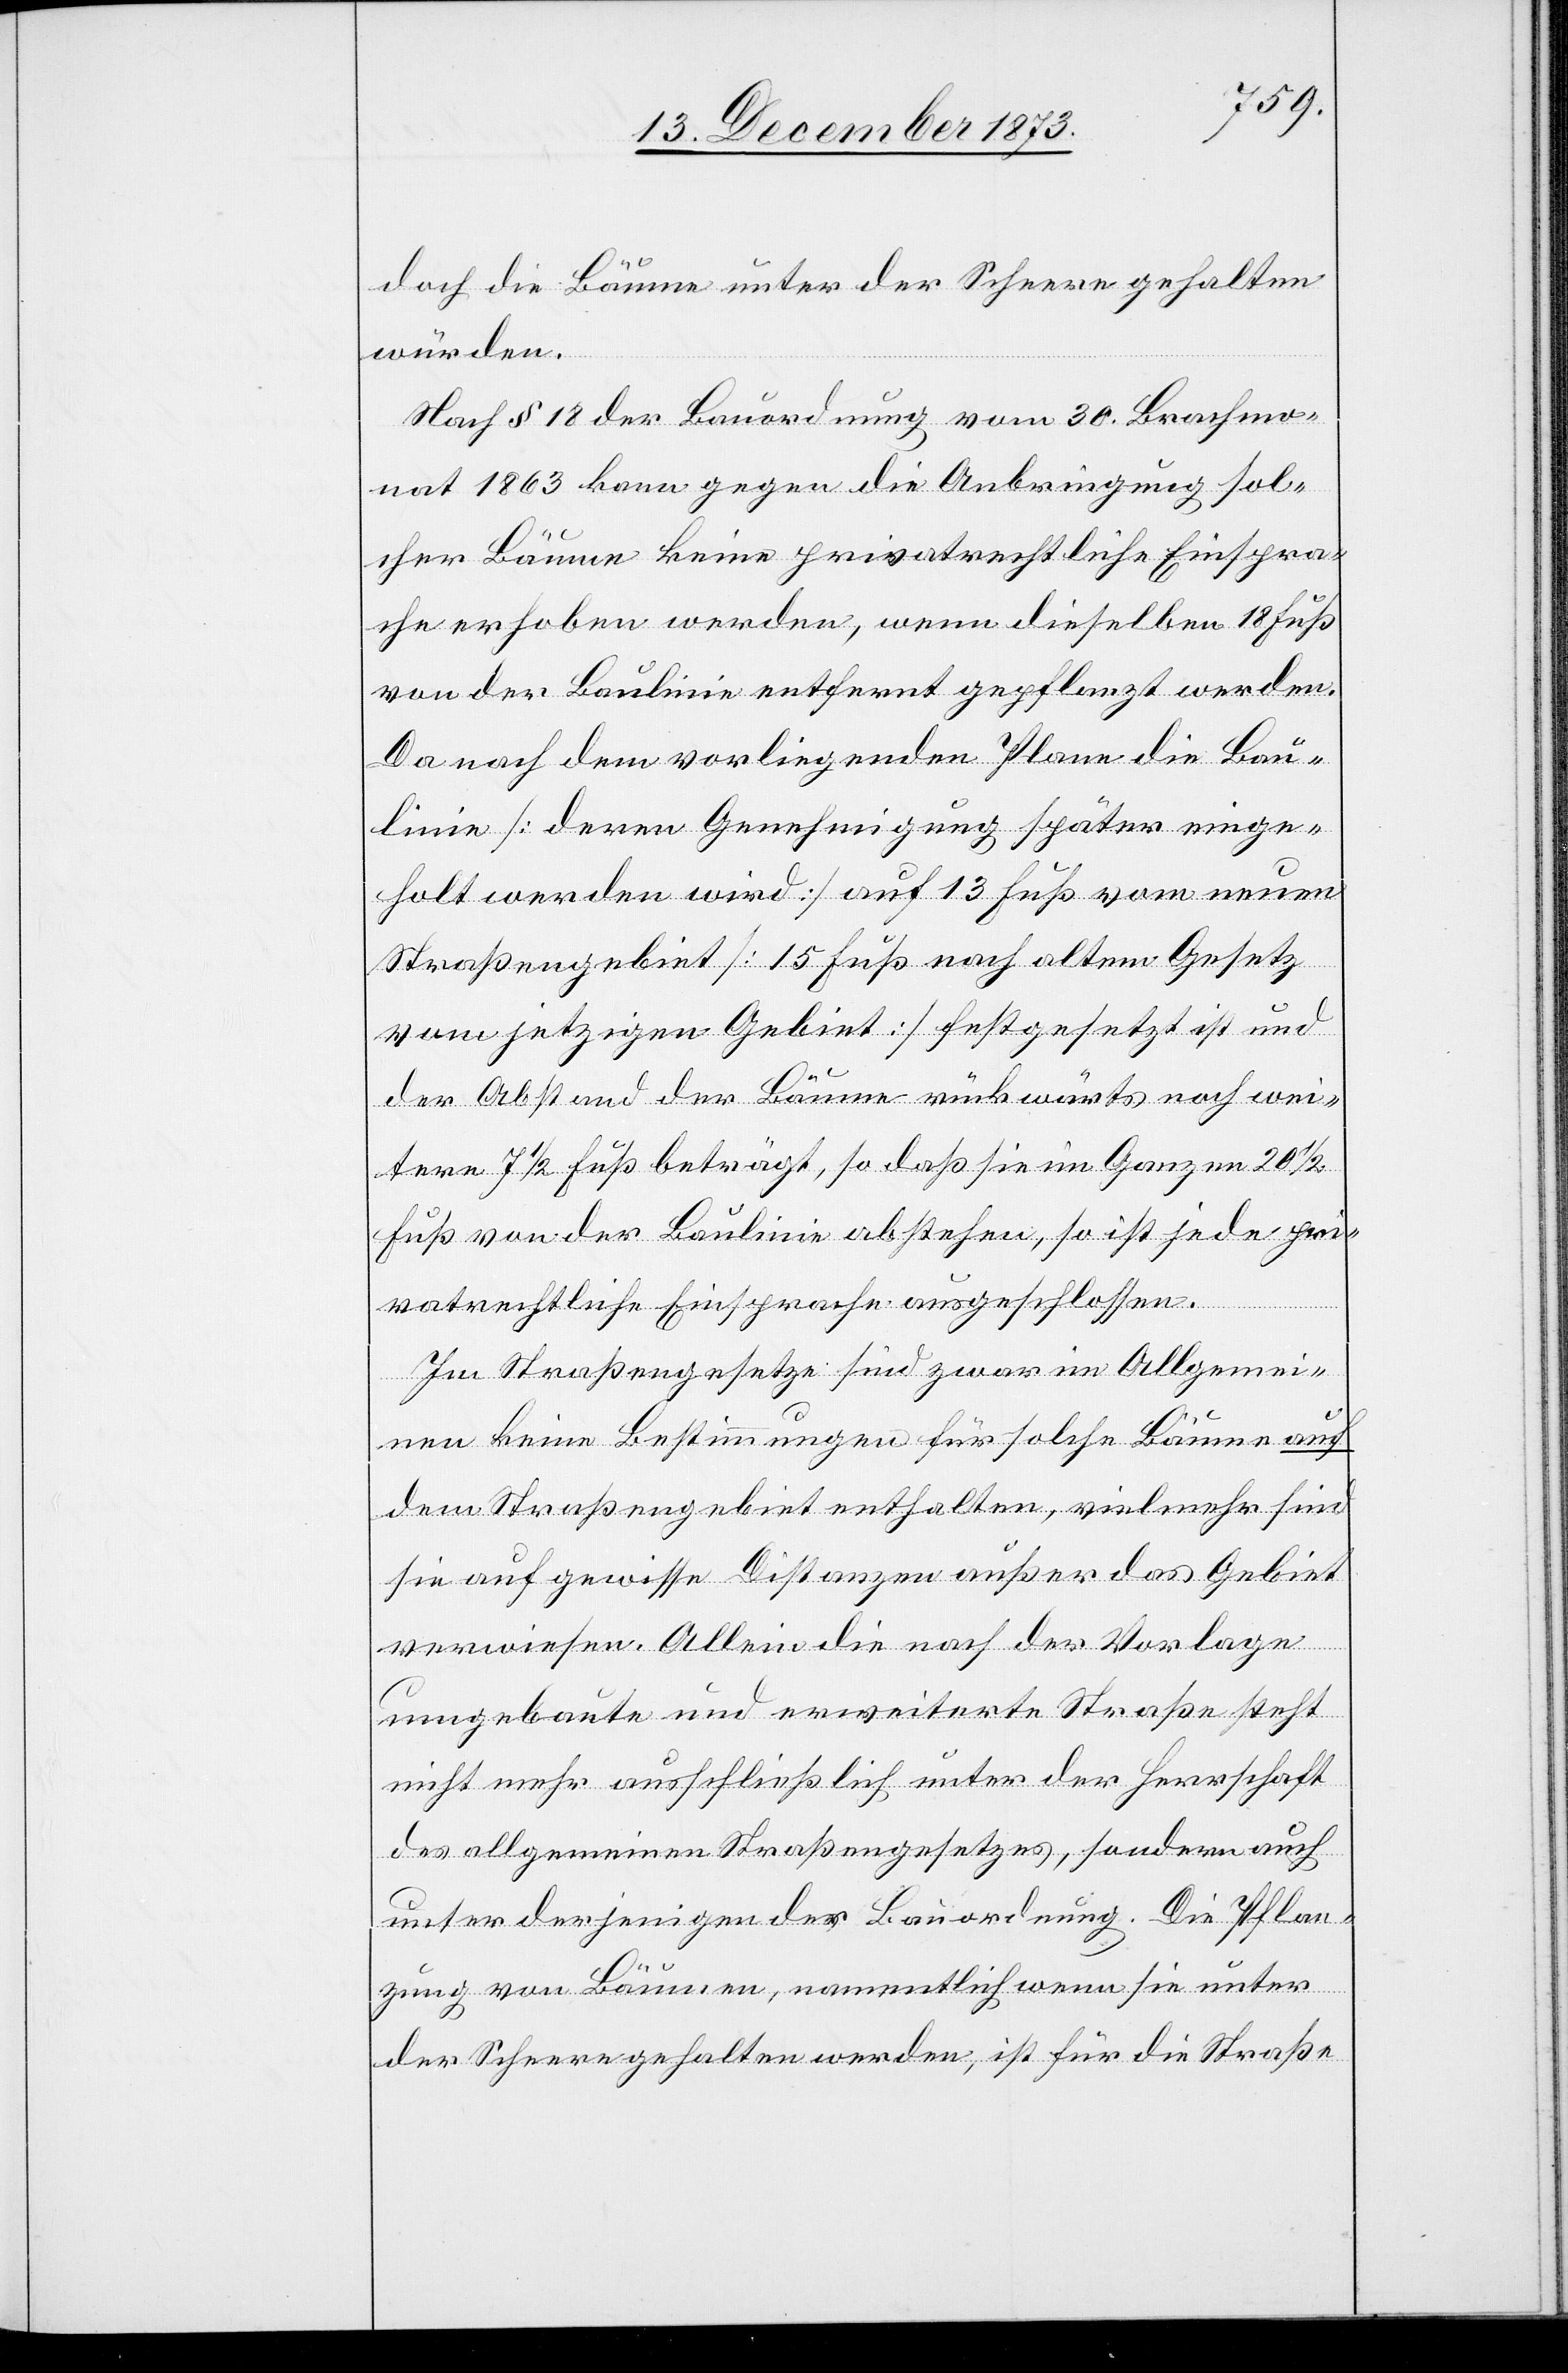
doch die Bäume unter der Scheere gehalten
würden.
Nach § 18 der Bauordnung vom 30. Brachmo¬
nat 1863 kann gegen die Anbringung sol¬
cher Bäume keine privatrechtliche Einspra¬
che erhoben werden, wenn dieselben 18 Fuß
von der Baulinie entfernt gepflanzt werden.
Da nach dem vorliegenden Plane die Bau¬
linie [deren Genehmigung später einge¬
holt werden wird] auf 13 Fuß vom neuen
Straßengebiet [15 Fuß nach altem Gesetz
vom jetzigen Gebiet] festgesetzt ist und
der Abstand der Bäume rückwärts noch wei¬
tere 7 1/2 Fuß beträgt, so daß sie im Ganzen 20 1/2
Fuß von der Baulinie abstehen, so ist jede pri¬
vatrechtliche Einsprache ausgeschlossen.
Im Straßengesetze sind zwar im Allgemei¬
nden keine Bestimmungen für solche Bäume auf
dem Straßengebiet enthalten, vielmehr sind
sie auf gewisse Distanzen außer das Gebiet
verwiesen. Allein die nach der Vorlage
umgebaute und erweiterte Straße steht
nicht mehr ausschließlich unter der Herrschaft
des allgemeinen Straßengesetzes, sondern auch
unter derjenigen der Bauordnung. Die Pflan¬
zung von Bäumen, namentlich wenn sie unter
der Scheere gehalten werden, ist für die Straße